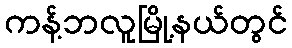
ကန့်ဘလူမြို့နယ်တွင်